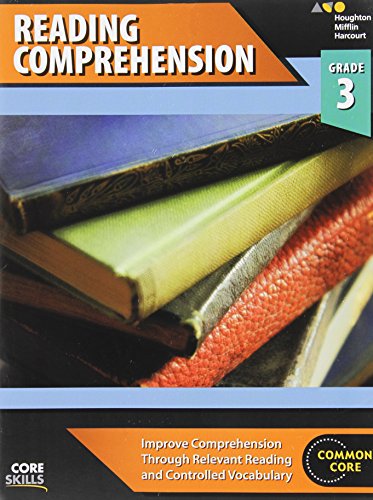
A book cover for Steck-Vaughn Core Skills Reading Comprehension: Workbook Grade 3; STECK-VAUGHN; Sports & Outdoors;